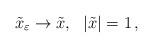
LaTeX: \begin{align*}\tilde{x}_\varepsilon\to \tilde{x},~~|\tilde{x}|=1\,,\end{align*}